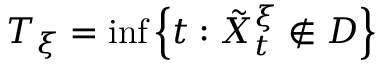
T _ { \xi } = \operatorname* { i n f } \left\{ t : \tilde { X } _ { t } ^ { \xi } \notin D \right\}